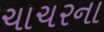
ચાચરના